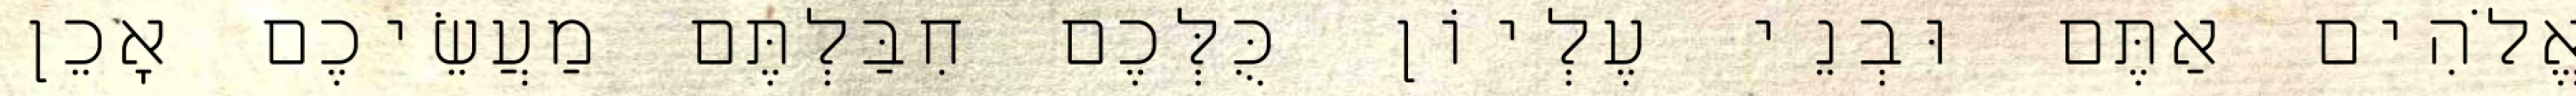
אֱלֹהִים אַתֶּם וּבְנֵי עֶלְיוֹן כֻּלְּכֶם חִבַּלְתֶּם מַעֲשֵׂיכֶם אָכֵן